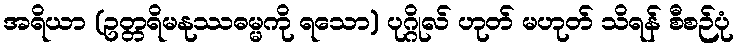
အရိယာ (ဥတ္တရိမနုဿဓမ္မကို ရသော) ပုဂ္ဂိုလ် ဟုတ် မဟုတ် သိရန် စီစဉ်ပုံ